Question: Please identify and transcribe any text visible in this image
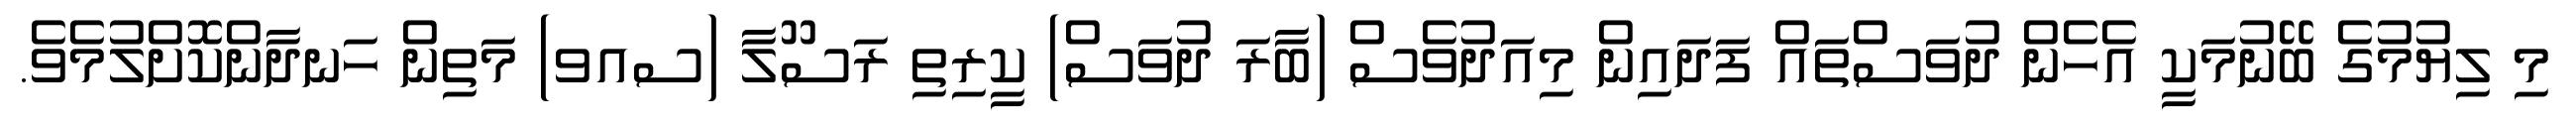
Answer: މި ލިޔުމުގެ ބޭނުމަކީ އެހެން ދުވަސްތައް ފަދައިން މިއަދުވެސް (ބާރަ ދުވަސް) ކީރިތި ރަސޫލާ (ސއވ) މަތިން ހަނދާންކޮށްލުމެވެ.